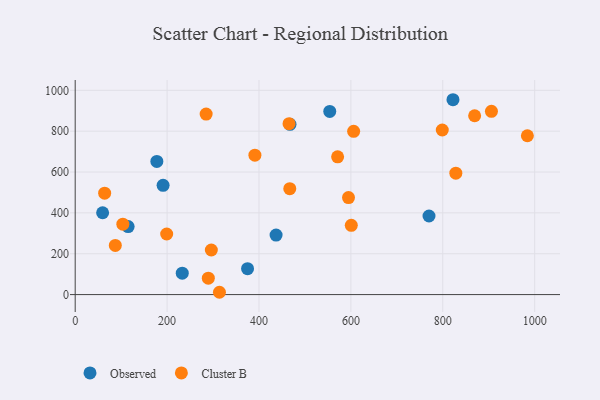
{"axis": {"x": "Ad Spend", "y": "Rating"}, "legend": ["Cluster B", "Observed"], "data": [{"x": "191.3", "y": 534.7, "type": "Observed"}, {"x": "770.0", "y": 384.8, "type": "Observed"}, {"x": "467.5", "y": 833.6, "type": "Observed"}, {"x": "822.2", "y": 953.9, "type": "Observed"}, {"x": "177.7", "y": 651.7, "type": "Observed"}, {"x": "437.2", "y": 291.2, "type": "Observed"}, {"x": "115.2", "y": 332.7, "type": "Observed"}, {"x": "233.0", "y": 104.9, "type": "Observed"}, {"x": "554.0", "y": 896.7, "type": "Observed"}, {"x": "375.1", "y": 126.9, "type": "Observed"}, {"x": "59.7", "y": 400.5, "type": "Observed"}, {"x": "467.0", "y": 518.4, "type": "Cluster B"}, {"x": "199.1", "y": 296.6, "type": "Cluster B"}, {"x": "828.4", "y": 594.3, "type": "Cluster B"}, {"x": "465.4", "y": 836.5, "type": "Cluster B"}, {"x": "798.9", "y": 805.6, "type": "Cluster B"}, {"x": "600.9", "y": 339.1, "type": "Cluster B"}, {"x": "313.9", "y": 11.3, "type": "Cluster B"}, {"x": "594.8", "y": 474.8, "type": "Cluster B"}, {"x": "103.7", "y": 344.8, "type": "Cluster B"}, {"x": "869.3", "y": 875.5, "type": "Cluster B"}, {"x": "905.9", "y": 897.2, "type": "Cluster B"}, {"x": "984.1", "y": 777.6, "type": "Cluster B"}, {"x": "64.1", "y": 496.3, "type": "Cluster B"}, {"x": "289.7", "y": 80.4, "type": "Cluster B"}, {"x": "87.3", "y": 240.7, "type": "Cluster B"}, {"x": "571.1", "y": 674.4, "type": "Cluster B"}, {"x": "606.0", "y": 799.2, "type": "Cluster B"}, {"x": "391.1", "y": 682.6, "type": "Cluster B"}, {"x": "296.3", "y": 218.3, "type": "Cluster B"}, {"x": "285.0", "y": 883.7, "type": "Cluster B"}]}